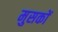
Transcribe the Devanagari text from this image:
मुसकों